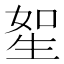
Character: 𤯥